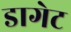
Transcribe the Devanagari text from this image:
डागेट